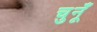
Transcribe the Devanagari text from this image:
चुनूँ